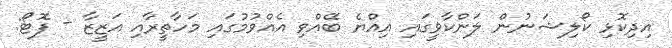
އިދިކޮޅި ކޯލިޝަނުން ލަންކާވީގައި އިއްޔެ ބޭއްވި އެއްވުމުގައި މަހާތީރާއި އަޒީޒާ - ފޮޓޯ: